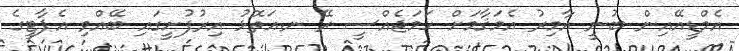
އެމްޑީއޭއިން ބުނީ އާމިރު އެމަޤާމަށް ހަމަޖެއްސީ ރޭ ނ.އަތޮޅު އިރުފުށީގައި ބޭއްވި އެޕާޓީގެ